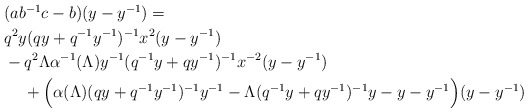
\begin{align*}\begin{aligned}& (ab^{-1}c - b)(y-y^{-1}) =\\&q^2y(qy + q^{-1}y^{-1})^{-1}x^2(y-y^{-1}) \\& - q^2\Lambda \alpha^{-1}(\Lambda)y^{-1}(q^{-1}y + qy^{-1})^{-1}x^{-2}(y-y^{-1}) \\&\, \quad+ \Big(\alpha(\Lambda)(qy + q^{-1}y^{-1})^{-1}y^{-1} - \Lambda(q^{-1}y + qy^{-1})^{-1}y - y - y^{-1}\Big)(y-y^{-1}) \\\end{aligned}\end{align*}